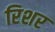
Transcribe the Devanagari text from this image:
रिशर